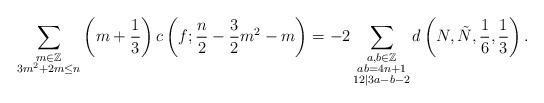
LaTeX: \begin{align*} \sum_{\substack{m\in \mathbb{Z}\\3m^2+2m\leq n}}\left(m+\frac{1}{3}\right) c\left(f; \frac{n}{2}-\frac{3}{2}m^2-m\right) =-2 \sum_{\substack{a,b\in \mathbb{Z}\\ab=4n+1\\ 12|3a-b-2}} d\left(N, \tilde{N}, \frac{1}{6}, \frac{1}{3}\right).\end{align*}